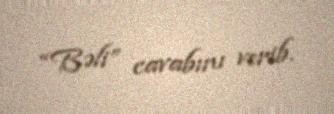
“Bəli” cavabını verib.